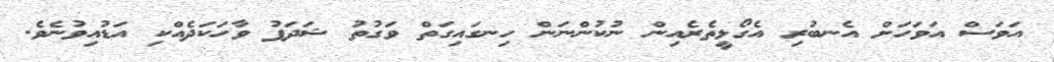
އަވަސް އަވަހަށް އެނބުރި އެގޯޅީތެރެއިން ނުކުންނަން ހިނގައިގަތް ވަގުތު ޝަދަފު ވާހަކަދެއްކި އަޑުއިވުނެވެ.